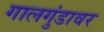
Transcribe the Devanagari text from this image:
गालगुंडावर